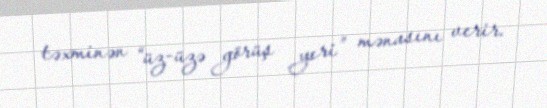
təxminən “üz-üzə görüş yeri” mənasını verir.